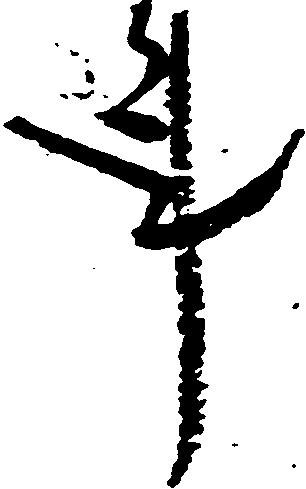
事